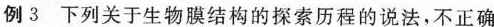
例3 下列关于生物膜结构的探索历程的说法，不正确